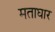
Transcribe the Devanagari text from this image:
मताघार